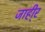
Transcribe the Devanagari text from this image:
जाही्र